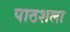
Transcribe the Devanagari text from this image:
पाठशला